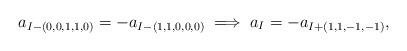
LaTeX: \begin{align*} a_{I-(0,0,1,1,0)}=-a_{I-(1,1,0,0,0)}\implies a_{I}=-a_{I+(1,1,-1,-1)}, \end{align*}